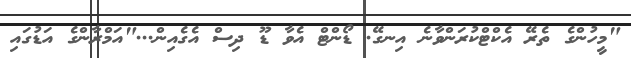
"މީހުންގެ ތެރޭ އެކްޓްކުރަންވާނެ އިނގޭ. ޑޯންޓް އެވާ ޑޫ ދިސް އެގެއިން..."އަމްރާންގެ އަޑުގައި